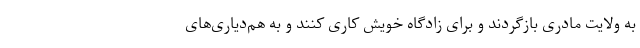
به ولایت مادری بازگردند و برای زادگاه خویش کاری کنند و به هم‌دیاری‌های